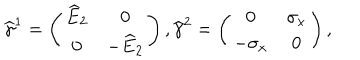
LaTeX: { \widehat \gamma } ^ { 1 } = \left( \begin{array} { c c } { { { \widehat E } _ { 2 } } } & { { 0 } } \\ { { 0 } } & { { - { \widehat E } _ { 2 } } } \\ \end{array} \right) , { \widehat \gamma } ^ { 2 } = \left( \begin{array} { c c } { { 0 } } & { { \sigma _ { x } } } \\ { { - \sigma _ { x } } } & { { 0 } } \\ \end{array} \right) ,